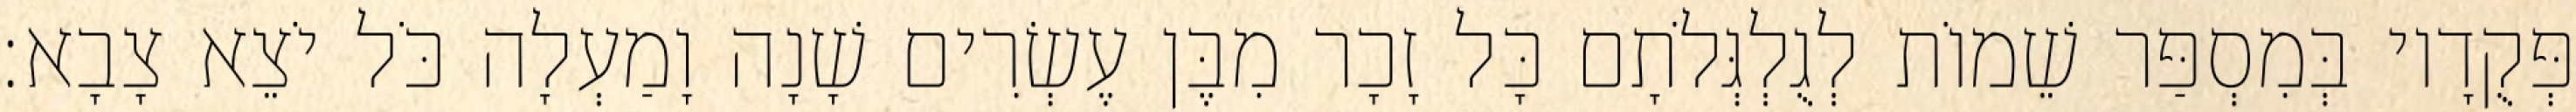
פְּקֻדָיו בְּמִסְפַּר שֵׁמוֹת לְגֻלְגְּלֹתָם כָּל זָכָר מִבֶּן עֶשְׂרִים שָׁנָה וָמַעְלָה כֹּל יֹצֵא צָבָא׃